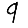
Digit: 9